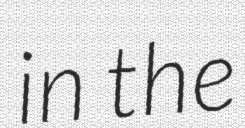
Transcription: in the